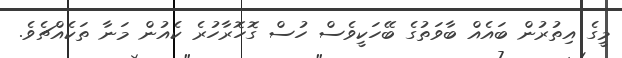
މީގެ އިތުރުން ބައެއް ބާވަތުގެ ބޭހަކީވެސް ހުސް ގޮހޮރާހުރެ ކެއުން މަނާ ތަކެއްޗެވެ.